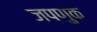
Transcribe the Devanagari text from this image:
जपणुक